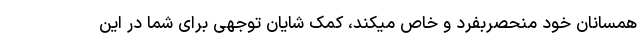
همسانان خود منحصربفرد و خاص میکند، کمک شایان توجهی برای شما در این